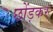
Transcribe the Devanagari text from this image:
छोंड़कर